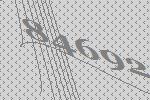
84692